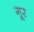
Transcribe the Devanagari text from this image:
गूर